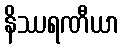
နိဿရဏီယာ